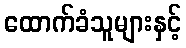
ထောက်ခံသူများနှင့်